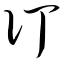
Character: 订